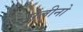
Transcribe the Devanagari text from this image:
सेलीनो